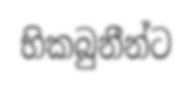
භිකබුනීන්ට